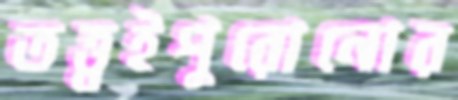
তত্ত্বইপুরোনোর